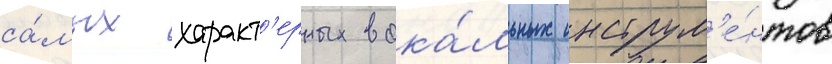
са́мых характ'ерных вока́льных инструм'е́нтов